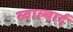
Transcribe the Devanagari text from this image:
स्वाल्बार्द